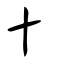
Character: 十